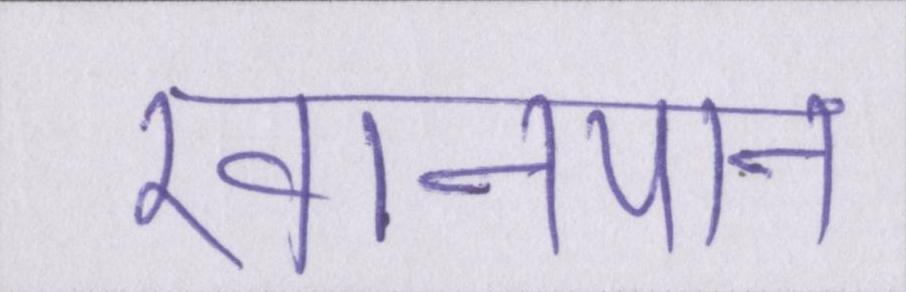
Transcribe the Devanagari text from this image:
खानपान